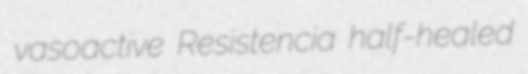
vasoactive Resistencia half-healed